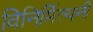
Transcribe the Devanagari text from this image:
विनिर्मित्यनी